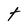
Character: t